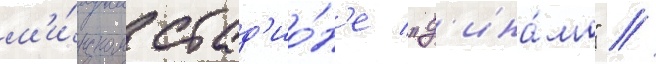
м'и́нском стад'ио́н'е "д'ина́мо" //